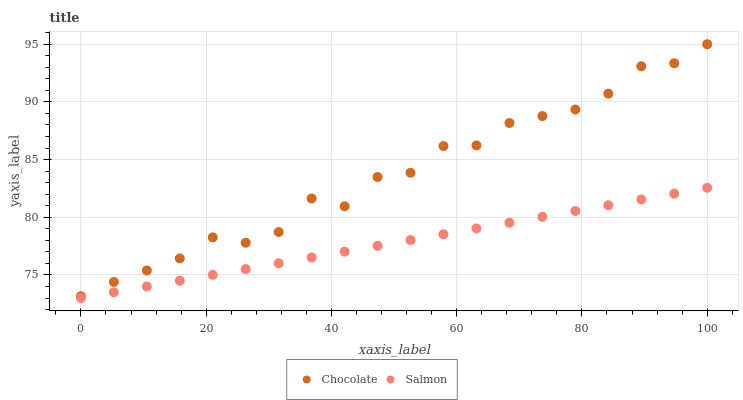
| xaxis_label | Chocolate | Salmon |
 | --- | --- | --- |
 | 0 | 73.2 | 73 |
 | 5.26 | 74.4 | 73.5 |
 | 10.5 | 75.4 | 74 |
 | 15.8 | 76.4 | 74.5 |
 | 21.1 | 78.3 | 75 |
 | 26.3 | 77.8 | 75.5 |
 | 31.6 | 78.7 | 76 |
 | 36.8 | 81.6 | 76.5 |
 | 42.1 | 81 | 77 |
 | 47.4 | 83.5 | 77.5 |
 | 52.6 | 83.9 | 78 |
 | 57.9 | 86.2 | 78.5 |
 | 63.2 | 86.2 | 79 |
 | 68.4 | 88.2 | 79.5 |
 | 73.7 | 88.8 | 80 |
 | 78.9 | 89.3 | 80.5 |
 | 84.2 | 90.7 | 81 |
 | 89.5 | 93.1 | 81.5 |
 | 94.7 | 93.3 | 82.1 |
 | 100 | 95 | 82.6 |